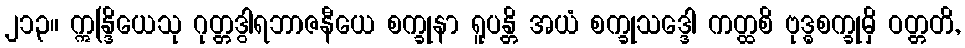
၂၁၃။ ဣန္ဒြိယေသု ဂုတ္တဒွါရဘာဇနီယေ စက္ခုနာ ရူပန္တိ အယံ စက္ခုသဒ္ဒေါ ကတ္ထစိ ဗုဒ္ဓစက္ခုမှိ ဝတ္တတိ,